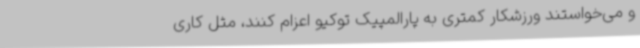
و می‌خواستند ورزشکار کمتری به پارالمپیک توکیو اعزام کنند، مثل کاری